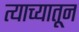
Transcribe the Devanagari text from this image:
त्याच्यातून